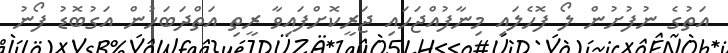
އަތުގެ ނުފުށުން ލޯ ފޮހެލައި މިނާފުއްޖަހައި ޖަރީކޮށްފައިވާ ރީތި އަތްދަބަހުން އަގުބޮޑު ފޯނު